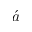
\acute { a }